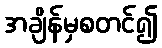
အချိန်မှစတင်၍